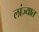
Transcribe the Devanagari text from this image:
लांज्यात